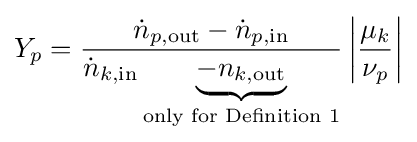
Y_{p}={\frac {{\dot {n}}_{p,{\text{out}}}-{\dot {n}}_{p,{\text{in}}}}{{\dot {n}}_{k,{\text{in}}}\underbrace {-n_{k,{\text{out}}}} _{\text{only for Definition 1}}}}\left|{\frac {\mu _{k}}{\nu _{p}}}\right|